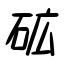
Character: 砿